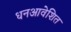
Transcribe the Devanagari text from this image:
धनआवेशित